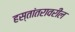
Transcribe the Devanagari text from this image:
हस्तांतरावरील